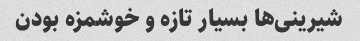
شیرینی‌ها بسیار تازه و خوشمزه بودن